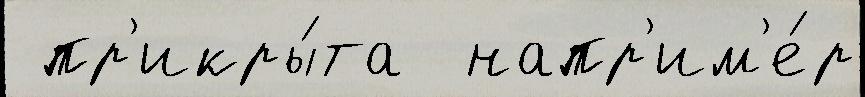
 пр'икры́та  напр'им'е́р